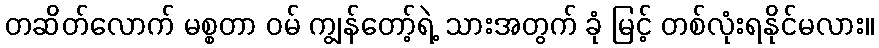
တဆိတ်လောက် မစ္စတာ ဝမ် ကျွန်တော့်ရဲ့ သားအတွက် ခုံ မြင့် တစ်လုံးရနိုင်မလား။